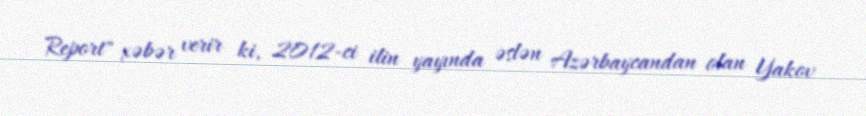
Report" xəbər verir ki, 2012-ci ilin yayında əslən Azərbaycandan olan Yakov